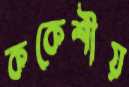
ককেশীয়